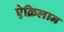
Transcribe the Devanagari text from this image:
ऐक्रिलान